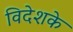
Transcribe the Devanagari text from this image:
विदेशके